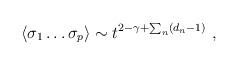
LaTeX: \begin{align*}\langle\sigma_{1}\dots\sigma_{p}\rangle\sim t^{2-\gamma+\sum_{n}(d_{n}-1)}\ ,\end{align*}